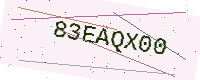
Text: 83EAQX00